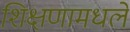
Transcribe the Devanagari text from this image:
शिक्षणामधले